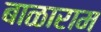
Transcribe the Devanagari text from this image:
बाळाराम